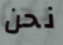
نحن